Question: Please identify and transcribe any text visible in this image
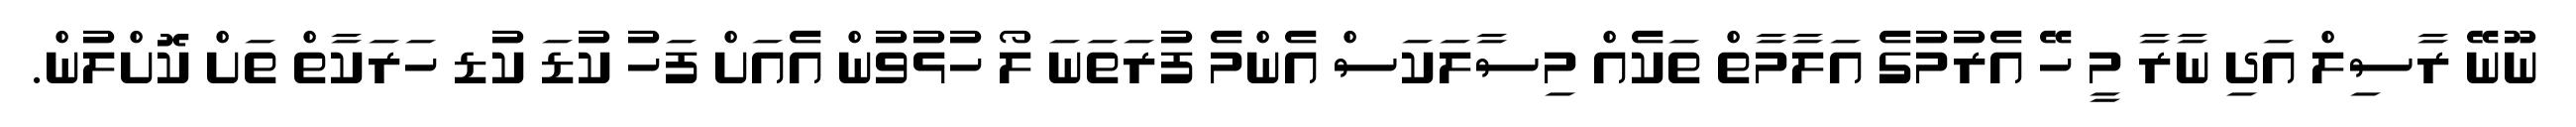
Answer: ނޫނޭ ރާސިލް އަދި ނާރާ މީ ހޭ އެރުމުގެ އަލާމާތް ތަކެއް މިސާލަކަސް އެންމެ ފުރަތަނަ ލޯ ހުޅުވުން އެއަށް ފަހު ކުޑަ ކުޑ ހަރަކާތް ތަށް ކޮށްލުން.